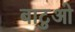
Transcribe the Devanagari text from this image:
बाटुओ